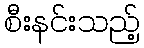
စီးနင်းသည့်